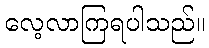
လေ့လာကြရပါသည်။